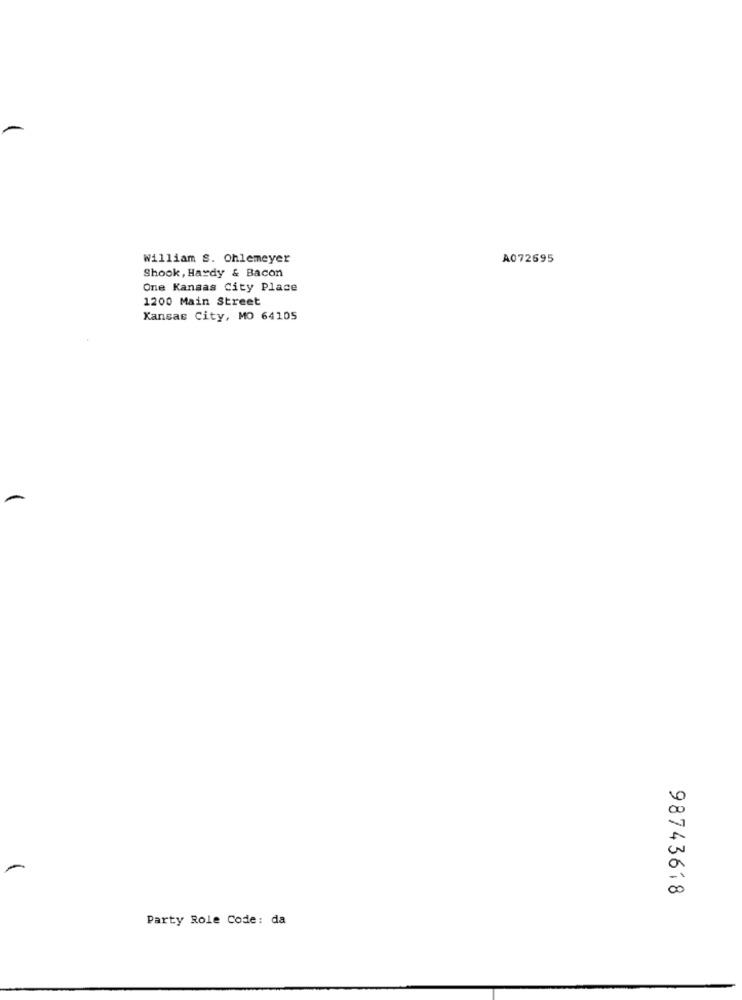
William S. Chlemeyer
A072695
Shook, Hardy & Bacon
One Kansas City Place
1200 Main Street
Kansas City, MO 64105
98743618
Party Role Code: da